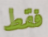
فقط